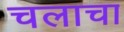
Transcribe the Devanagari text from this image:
चलाचा